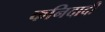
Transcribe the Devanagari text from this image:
कनिदादी